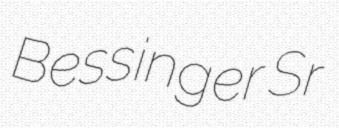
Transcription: Bessinger Sr